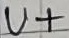
Text: U+